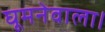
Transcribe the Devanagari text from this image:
घूमनेवाला।